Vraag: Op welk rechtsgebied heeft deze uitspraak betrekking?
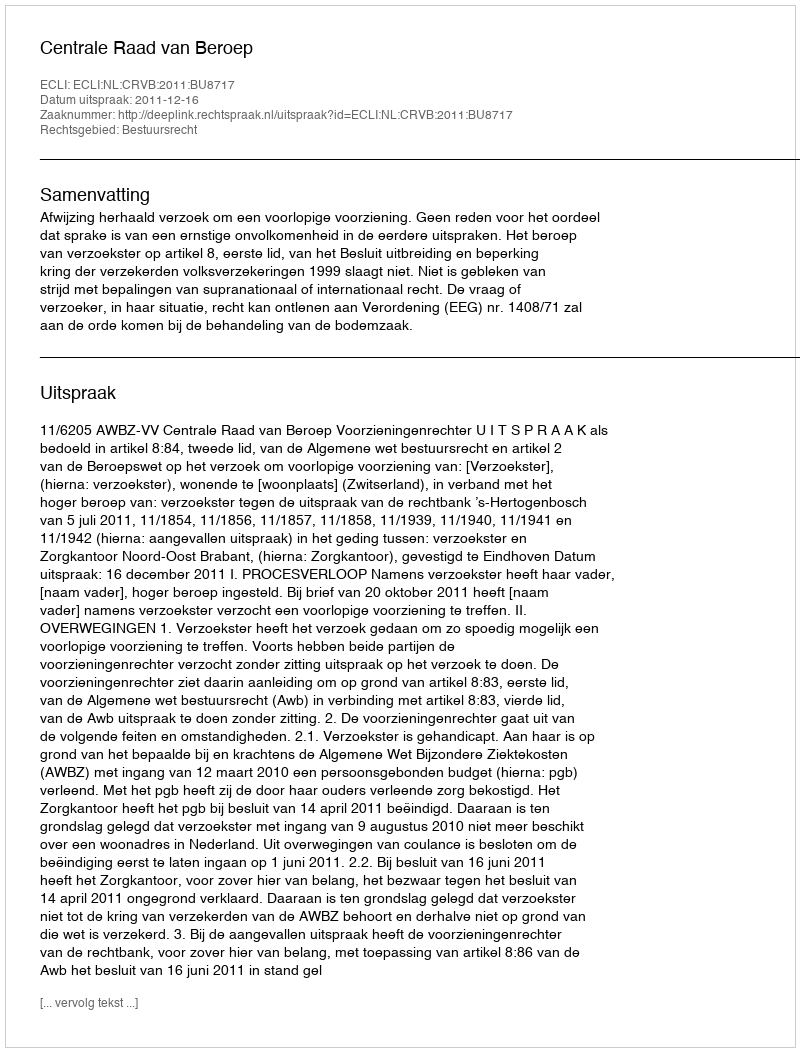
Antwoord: Bestuursrecht